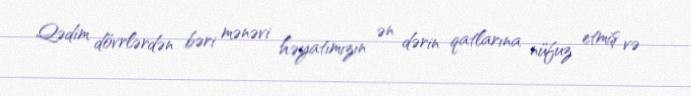
Qədim dövrlərdən bəri mənəvi həyatımızın ən dərin qatlarına nüfuz etmiş və